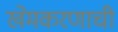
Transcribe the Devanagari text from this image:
खेमकरणाची